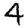
Digit: 4